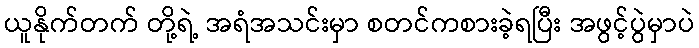
ယူနိုက်တက် တို့ရဲ့ အရံအသင်းမှာ စတင်ကစားခဲ့ရပြီး အဖွင့်ပွဲမှာပဲ